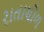
રાતાચોળ